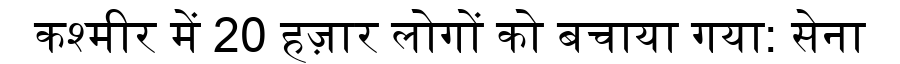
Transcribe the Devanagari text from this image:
कश्मीर में 20 हज़ार लोगों को बचाया गया: सेना